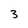
Character: 3